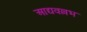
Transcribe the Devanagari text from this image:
आद्यवल्लभ